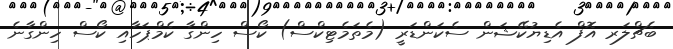
ބެޗްލަރ އޮފް އެޑިޔުކޭޝަން ސެކަންޑަރީ (މެތަމެޓިކްސް) ކޯސް ހިންގާ ކެމްޕަހާއި ކޯސް ހިންގާނެ